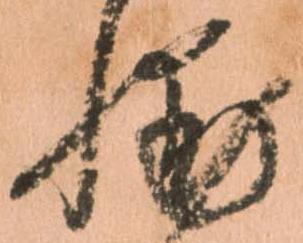
輔